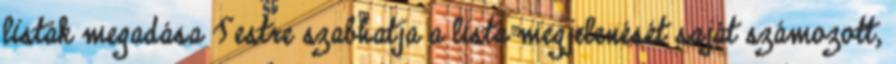
listák megadása Testre szabhatja a lista megjelenését saját számozott,